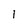
Character: 1